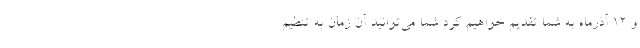
و ۱۲ آذرماه به شما تقدیم خواهیم کرد شما می‌توانید آن زمان به تنظیم